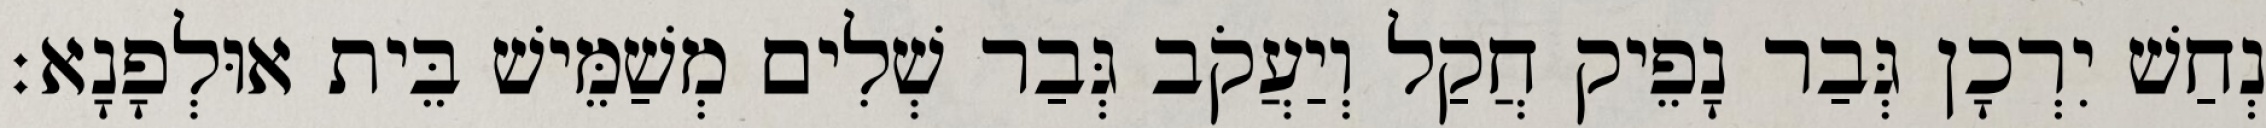
נְחַשׁ יִרְכָן גְּבַר נָפֵיק חֲקַל וְיַעֲקֹב גְּבַר שְׁלִים מְשַׁמֵּישׁ בֵּית אוּלְפָנָא׃